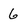
Character: 6